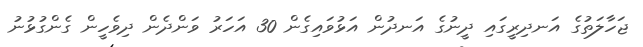
ޖަހާލަތުގެ އަނދިރީގައި ދީނުގެ އަނދުން އަޅުވައިގެން 30 އަހަރު ވަންދެން ދިވެހީން ގެންގުޅުނު